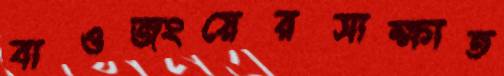
বাওজংয়েরসাক্ষাত